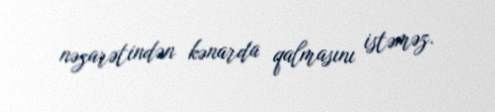
nəzarətindən kənarda qalmasını istəməz.